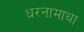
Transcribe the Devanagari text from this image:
धरनामाथा